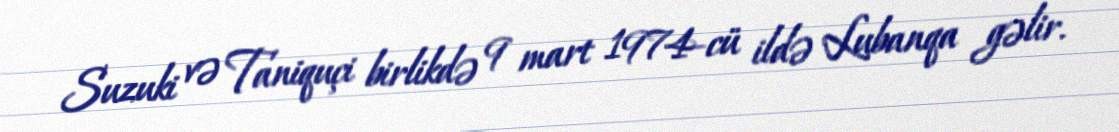
Suzuki və Taniquçi birlikdə 9 mart 1974-cü ildə Lubanqa gəlir.